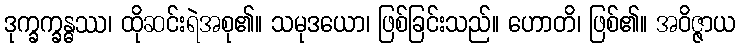
ဒုက္ခက္ခန္ဓဿ၊ ထိုဆင်းရဲအစု၏။ သမုဒယော၊ ဖြစ်ခြင်းသည်။ ဟောတိ၊ ဖြစ်၏။ အဝိဇ္ဇာယ